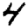
Digit: 4